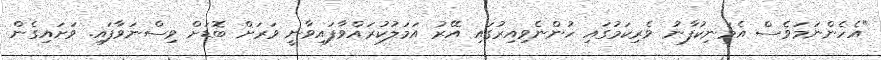
"އެހެންނަމަވެސް އެމަނިކުފާނު ވެރިކަމުގައި ހުންނެވިއިރުގައި އޭރު އަމަލުކުރައްވާފައިވާނީ ވަރަށް ބޮޑަށް ވިސްނަވާފައި. ވަށައިގެން